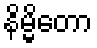
နိမ္မိတော